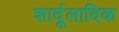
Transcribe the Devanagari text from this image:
शार्दूलादिक